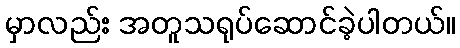
မှာလည်း အတူသရုပ်ဆောင်ခဲ့ပါတယ်။